Civil Veterinary Dept. North-West Frontier Province 1923-32 - 1923-1932
Year: 1923
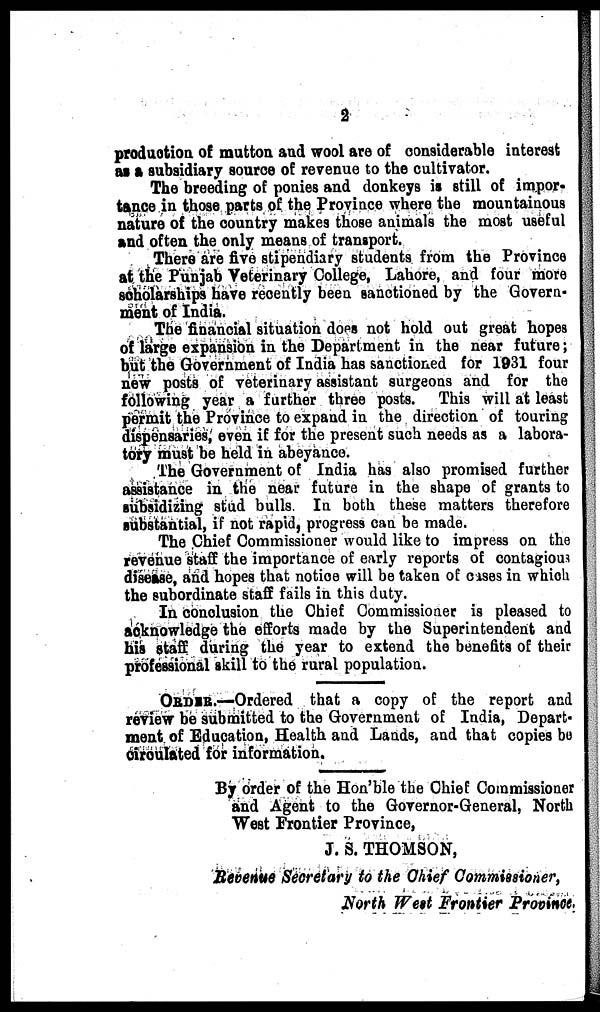
2
production of mutton and wool are of considerable interest
as a subsidiary source of revenue to the cultivator.
The breeding of ponies and donkeys is still of impor-
tance in those parts of the Province where the mountainous
nature of the country makes those animals the most useful
and often the only means of transport.
There are five stipendiary students from the Province
at the Punjab Veterinary College, Lahore, and four more
scholarships have recently been sanctioned by the Govern-
ment of India.
The financial situation does not hold out great hopes
of large expansion in the Department in the near future;
but the Government of India has sanctioned for 1931 four
new posts of veterinary assistant surgeons and for the
following year a further three posts. This will at least
permit the Province to expand in the direction of touring
dispensaries, even if for the present such needs as a labora-
tory must be held in abeyance.
The Government of India has also promised further
assistance in the near future in the shape of grants to
subsidizing stud bulls. In both these matters therefore
substantial, if not rapid, progress can be made.
The Chief Commissioner would like to impress on the
revenue staff the importance of early reports of contagious
disease, and hopes that notice will be taken of cases in which
the subordinate staff fails in this duty.
In conclusion the Chief Commissioner is pleased to
acknowledge the efforts made by the Superintendent and
his staff during the year to extend the benefits of their
professional skill to the rural population.
ORDER.—Ordered that a copy of the report and
review be submitted to the Government of India, Depart-
ment of Education, Health and Lands, and that copies be
circulated for information.
By order of the Hon'ble the Chief Commissioner
and Agent to the Governor-General, North
West Frontier Province,
J. S. THOMSON,
Revenue Secretary to the Chief Commissioner,
North West Frontier Province.